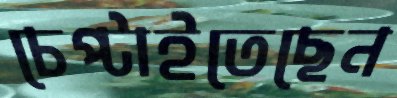
চেপ্‌টাইতেছেন